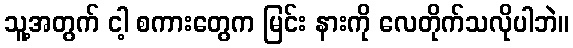
သူ့အတွက် ငါ့ စကားတွေက မြင်း နားကို လေတိုက်သလိုပါဘဲ။